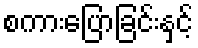
စကားပြောခြင်းနှင့်